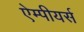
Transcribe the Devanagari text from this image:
ऐम्पीयर्स